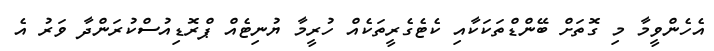
އެހެންވީމާ މި ގޮތަށް ބޭންޑްތަކަކާއި ކެޓެގެރީތަކެއް ހުރީމާ ޔުނިޓެއް ޕްރޮޑިއުސްކުރަންދާ ވަރު އެ